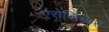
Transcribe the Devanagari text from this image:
एरोव्हियास